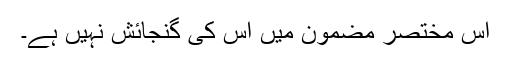
اس مختصر مضمون میں اس کی گنجائش نہیں ہے۔